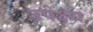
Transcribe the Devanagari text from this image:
उपेक्ष्य